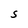
Character: S